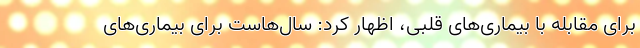
برای مقابله با بیماری‌های قلبی، اظهار کرد: سال‌هاست برای بیماری‌های